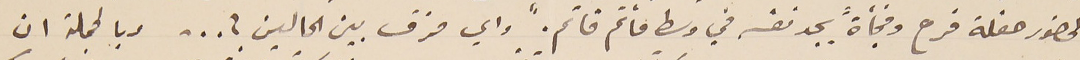
لحضور حفلة فرح وفجأةً يجد نفسه في وسط مأتم قاتم. "واي فرق بين الحالين ؟ ... وبالجملة ان